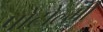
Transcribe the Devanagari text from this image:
पोटोल्मी